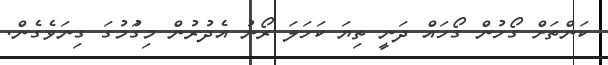
ކަންތަށް ގޯހުން ގޯހައް ދަނީ ތިޔަ ކަހަލަ ރޯނު އެދުރުން މިގަުމުގަ ގިނަވެގެން.